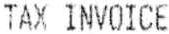
TAX INVOICE